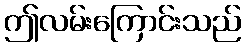
ဤလမ်းကြောင်းသည်